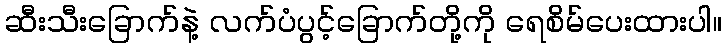
ဆီးသီးခြောက်နဲ့ လက်ပံပွင့်ခြောက်တို့ကို ရေစိမ်ပေးထားပါ။